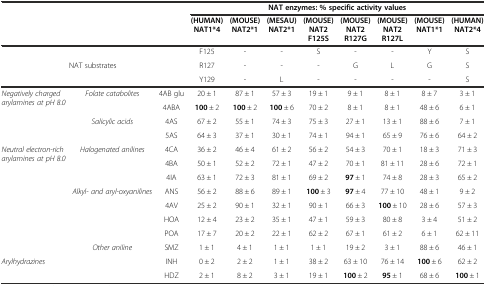
<table><thead><tr><td colspan="3"></td><td colspan="8"><b>NAT enzymes: % specific activity values</b></td></tr><tr><td colspan="3"></td><td><b>(HUMAN) NAT1*4</b></td><td><b>(MOUSE) NAT2*1</b></td><td><b>(MESAU) NAT2*1</b></td><td><b>(MOUSE) NAT2 F125S</b></td><td><b>(MOUSE) NAT2 R127G</b></td><td><b>(MOUSE) NAT2 R127L</b></td><td><b>(MOUSE) NAT1*1</b></td><td><b>(HUMAN) NAT2*4</b></td></tr></thead><tbody><tr><td rowspan="3" colspan="3">NAT substrates</td><td>F125</td><td>-</td><td>-</td><td>S</td><td>-</td><td>-</td><td>Y</td><td>S</td></tr><tr><td>R127</td><td>-</td><td>-</td><td>-</td><td>G</td><td>L</td><td>G</td><td>S</td></tr><tr><td>Y129</td><td>-</td><td>L</td><td>-</td><td>-</td><td>-</td><td>-</td><td>S</td></tr><tr><td rowspan="4"><i>Negatively charged arylamines at pH 8.0</i></td><td rowspan="2"><i>Folate catabolites</i></td><td>4AB glu</td><td>20 ± 1</td><td>87 ± 1</td><td>57 ± 3</td><td>19 ± 1</td><td>9 ± 1</td><td>8 ± 1</td><td>8 ± 7</td><td>3 ± 1</td></tr><tr><td>4ABA</td><td><b>100</b> ± 2</td><td><b>100</b> ± 2</td><td><b>100</b> ± 6</td><td>70 ± 2</td><td>8 ± 1</td><td>8 ± 1</td><td>48 ± 6</td><td>6 ± 1</td></tr><tr><td rowspan="2"><i>Salicylic acids</i></td><td>4AS</td><td>67 ± 2</td><td>55 ± 1</td><td>74 ± 3</td><td>75 ± 3</td><td>27 ± 1</td><td>13 ± 1</td><td>88 ± 6</td><td>7 ± 1</td></tr><tr><td>5AS</td><td>64 ± 3</td><td>37 ± 1</td><td>30 ± 1</td><td>74 ± 1</td><td>94 ± 1</td><td>65 ± 9</td><td>76 ± 6</td><td>64 ± 2</td></tr><tr><td rowspan="8"><i>Neutral electron-rich arylamines at pH 8.0</i></td><td rowspan="3"><i>Halogenated anilines</i></td><td>4CA</td><td>36 ± 2</td><td>46 ± 4</td><td>61 ± 2</td><td>56 ± 2</td><td>54 ± 3</td><td>70 ± 1</td><td>18 ± 3</td><td>71 ± 3</td></tr><tr><td>4BA</td><td>50 ± 1</td><td>52 ± 2</td><td>72 ± 1</td><td>47 ± 2</td><td>70 ± 1</td><td>81 ± 11</td><td>28 ± 6</td><td>72 ± 1</td></tr><tr><td>4IA</td><td>63 ± 1</td><td>72 ± 3</td><td>81 ± 1</td><td>69 ± 2</td><td><b>97</b> ± 1</td><td>74 ± 8</td><td>28 ± 3</td><td>65 ± 2</td></tr><tr><td rowspan="4"><i>Alkyl- and aryl-oxyanilines</i></td><td>ANS</td><td>56 ± 2</td><td>88 ± 6</td><td>89 ± 1</td><td><b>100</b> ± 3</td><td><b>97</b> ± 4</td><td>77 ± 10</td><td>48 ± 1</td><td>9 ± 2</td></tr><tr><td>4AV</td><td>25 ± 2</td><td>90 ± 1</td><td>32 ± 1</td><td>90 ± 1</td><td>66 ± 3</td><td><b>100</b> ± 10</td><td>28 ± 6</td><td>57 ± 3</td></tr><tr><td>HOA</td><td>12 ± 4</td><td>23 ± 2</td><td>35 ± 1</td><td>47 ± 1</td><td>59 ± 3</td><td>80 ± 8</td><td>3 ± 4</td><td>51 ± 2</td></tr><tr><td>POA</td><td>17 ± 7</td><td>20 ± 2</td><td>22 ± 1</td><td>62 ± 2</td><td>67 ± 1</td><td>61 ± 2</td><td>6 ± 1</td><td>62 ± 11</td></tr><tr><td><i>Other aniline</i></td><td>SMZ</td><td>1 ± 1</td><td>4 ± 1</td><td>1 ± 1</td><td>1 ± 1</td><td>19 ± 2</td><td>3 ± 1</td><td>88 ± 6</td><td>46 ± 1</td></tr><tr><td rowspan="2" colspan="2"><i>Arylhydrazines</i></td><td>INH</td><td>0 ± 2</td><td>2 ± 2</td><td>1 ± 1</td><td>38 ± 2</td><td>63 ± 10</td><td>76 ± 14</td><td><b>100</b> ± 6</td><td>62 ± 2</td></tr><tr><td>HDZ</td><td>2 ± 1</td><td>8 ± 2</td><td>3 ± 1</td><td>19 ± 1</td><td><b>100</b> ± 2</td><td><b>95</b> ± 1</td><td>68 ± 6</td><td><b>100</b> ± 1</td></tr></tbody></table>